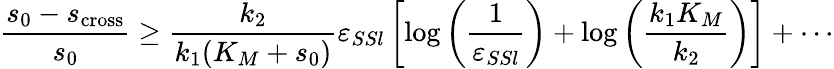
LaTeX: \frac{s_{0}-s_{\mathrm{cross}}}{s_{0}}\geq\frac{k_{2}}{k_{1}(K_{M}+s_{0})}\varepsilon_{SSl}\left[\log\left(\frac{1}{\varepsilon_{SSl}}\right)+\log\left(\frac{k_{1}K_{M}}{k_{2}}\right)\right]+\cdots